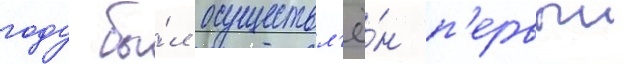
году бы́л осуществл'ё́н п'ервыи